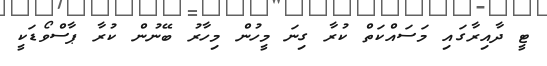
ޓީ ދާއިރާގައި މަސައްކަތް ކުރާ ގިނަ މީހުން މިހާރު ބޭނުން ކުރާ ޕާސްވޯޑަކީ